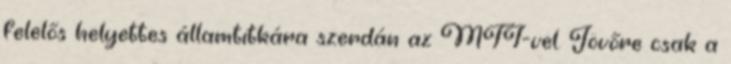
felelős helyettes államtitkára szerdán az MTI-vel. Jövőre csak a